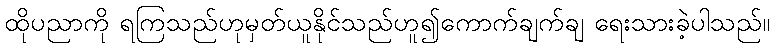
ထိုပညာကို ရကြသည်ဟုမှတ်ယူနိုင်သည်ဟူ၍ကောက်ချက်ချ ရေးသားခဲ့ပါသည်။